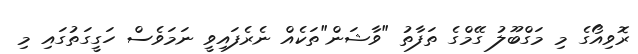
ރޮވިއޯގެ މި މަގްބޫލު ގޭމްގެ ތަފާތު "ވާޝަން"ތަކެއް ނެރެފައިވީ ނަމަވެސް ހަގީގަތުގައި މި